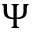
\Psi